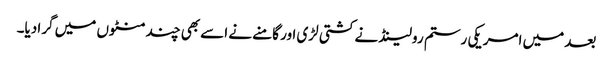
بعد میں امریکی رستم رولینڈ نے کشتی لڑی اور گامنے نے اسے بھی چند منٹوں میں گرا دیا۔